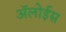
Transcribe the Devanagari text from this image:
ॲलोईस